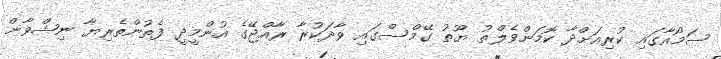
ސަމޯއާގައި ކުރިއަށްދާ ކޮމަންވެލްތު ޔޫތު ގޭމްސްގައި ވާދަކުރާ ރާއްޖޭގެ އުންމީދީ ފެތުންތެރިޔާ ނިޝްވާން